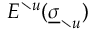
E ^ { \setminus u } ( \underline { { \sigma } } _ { \setminus u } )